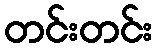
တင်းတင်း